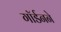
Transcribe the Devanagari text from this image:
गॉर्डनने